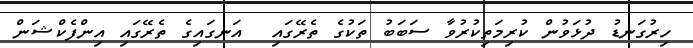
ހިރުގަނޑު ދުޅަވުން ކުރިމަތިކުރުވާ ސަބަބު ތަކުގެ ތެރޭގައި  އަނގައިގެ ތެރޭގައި އިންފެކްޝަން